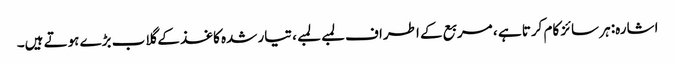
اشارہ: ہر سائز کام کرتا ہے ، مربع کے اطراف لمبے لمبے ، تیار شدہ کاغذ کے گلاب بڑے ہوتے ہیں۔